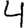
Digit: 4